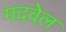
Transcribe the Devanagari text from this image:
मदवेल